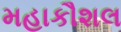
મહાકૌશલ